NAE_kihelkonnakohtute_kirjad_ja_protokollid_1869-1889, lk 4
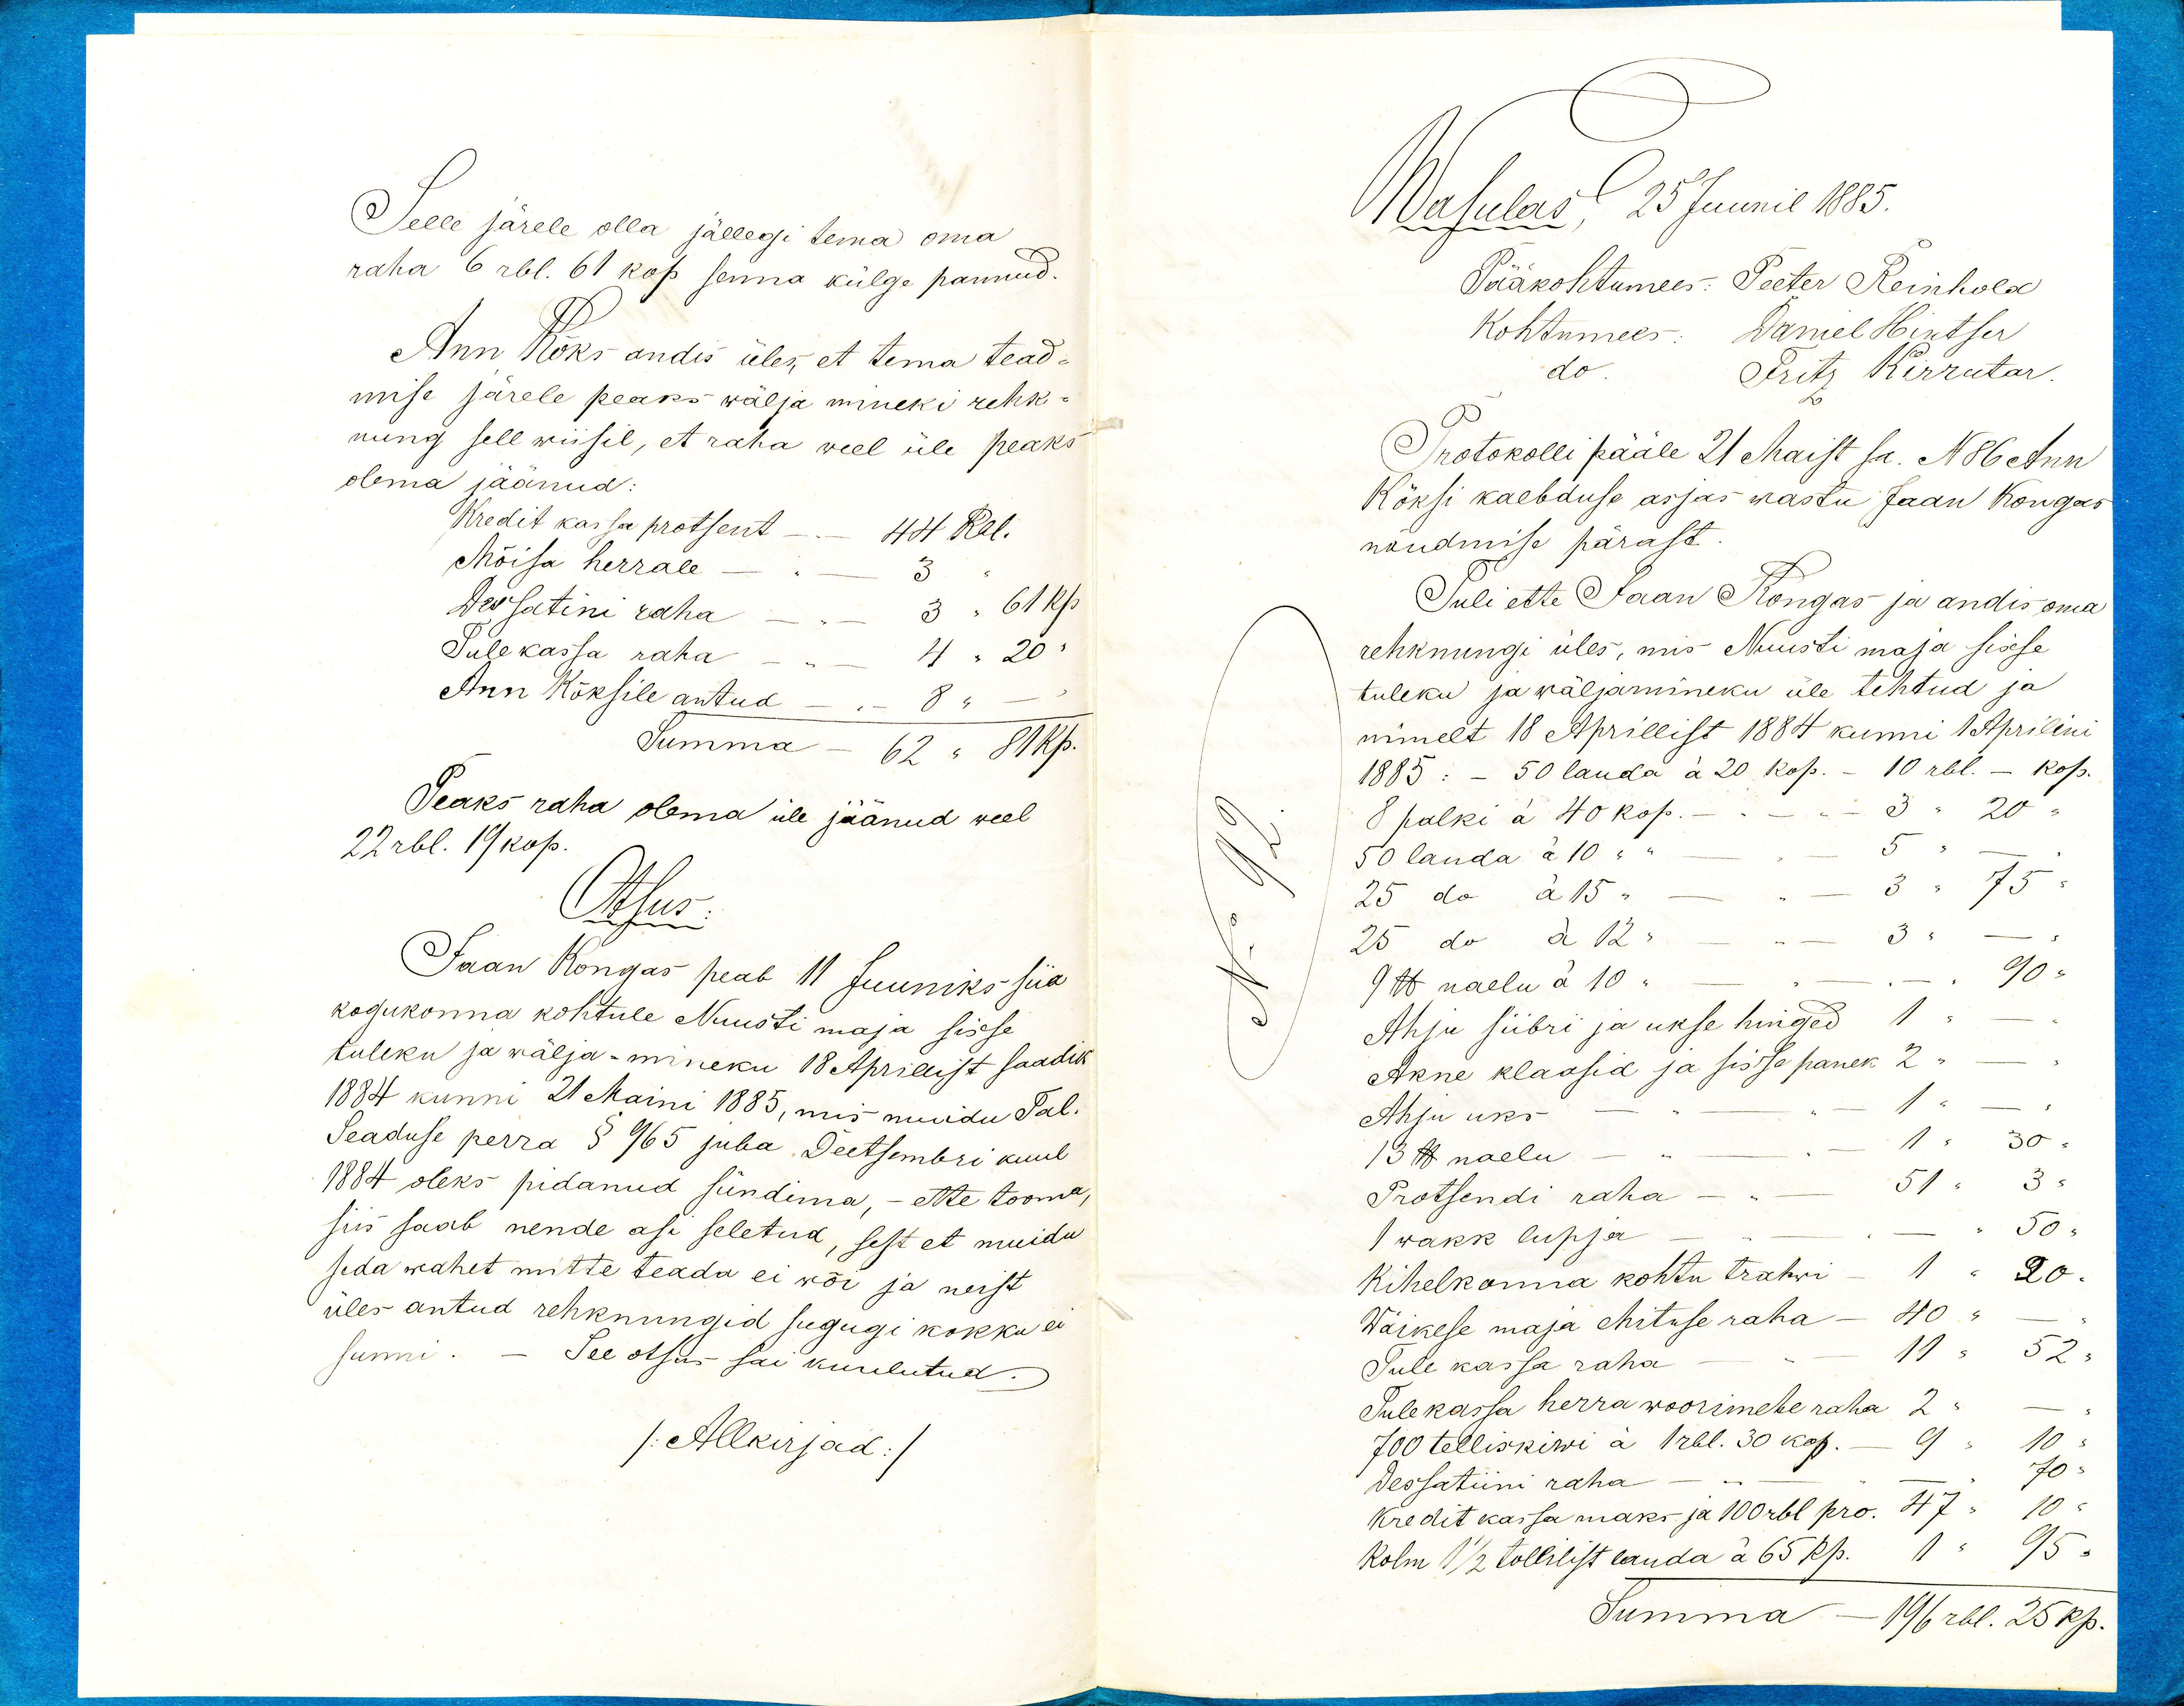
Selle järele olla jällegi tema oma
raha 6 rbl. 61 kop senna külga pannud.
Ann Kõks andis üles, et tema tead-
mise järele peaks wälja mineki rehk-
nung sell wiisil, et raha weel üle peaks
olema jäänud.
Kredit kassa protsent
44 Rbl.
Mõisa herrale
61 Kp.
Dessatini raha
Tulekassa raha
Ann Kõksile antud
Summa
Peaks raha olema üle jäänud weel
22 rbl. 19 kop.
Otsus
Jaan Kongas peab 11 Juuniks siia
kogukonna kohtule Nuusti maja sisse
tuleku ja wälja-mineku 18 Aprillist saadik
1884 kunni 21 Maini 1885, mis muidu Tal.
Seaduse perra § 965 juba Detsembri kuul
1884 oleks pidanud sündima, - ette tooma
siis saab nende asi seletud, sest et muidu
seda wahet mitte teada ei wõi ja neist
üles antud rehknungid sugugi kokku ei
sunni.
See otsus sai kuulutud.
/Allkirjad:/

Wasulas 25 Juunil 1885.
Pääkohtumees: Peeter Reinholod
Kohtumees: Daniel Hintser
do
Prits Kirrutar.
Protokolli pääle 21 Maist sa. N86 Ann
Kõksi kaebduse asjas wastu Jaan kongas
nõudmise pärast.
Tuli ette Jaan Kongas ja andis oma
rehknungi üles, mis Nuusti maja sisse
tuleku ja wäljamineku üle tehtud ja
nimelt 18 Aprillist 1884 kunni 1 Aprilini
1885: - 50 lauda á 20 kop.
8 palki á 40 kop.-
50 lauda á 10
25 do á 15 "
25 do á 12 "
Ahju siibri ja ukse hinged
Akne klaasid ja sisse panek 2
Ahju uks
Protsendi raha
1 wakk lupja
Kihelkonna kohtu trahwi
Wäikese maja ehituse raha
Tule kassa raha
Tulekassa herra woorimehe raha
700 telliskiwi á 1 rbl. 30 kop.
Dessatiini raha
Kredit kassamaks ja 100rbl pro.
Kolm 1 1/2 tollilist lauda á 65 kp.
Summa
196 rbl. 25 kp.